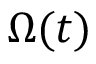
\Omega ( t )